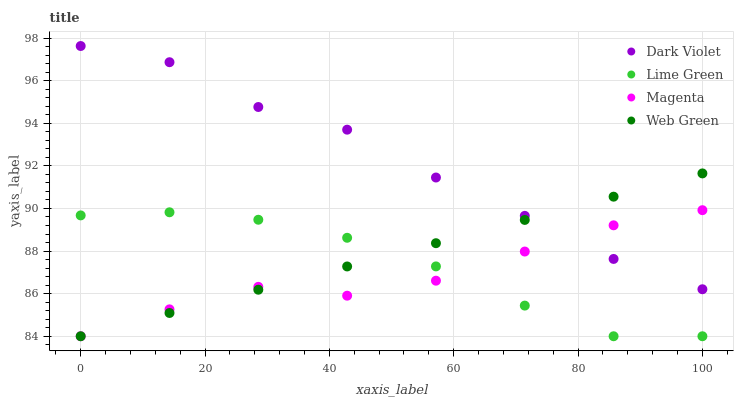
| xaxis_label | Dark Violet | Lime Green | Magenta | Web Green |
 | --- | --- | --- | --- | --- |
 | 0 | 97.6 | 89.7 | 84 | 84 |
 | 14.3 | 96.9 | 89.8 | 85.3 | 85.1 |
 | 28.6 | 94.8 | 89.5 | 86.3 | 86.2 |
 | 42.9 | 93.7 | 88.6 | 85.9 | 87.3 |
 | 57.1 | 91.5 | 87.3 | 86.6 | 88.4 |
 | 71.4 | 89.7 | 85.4 | 88 | 89.5 |
 | 85.7 | 87.6 | 84 | 89.2 | 90.6 |
 | 100 | 86.2 | 84 | 89.9 | 91.6 |